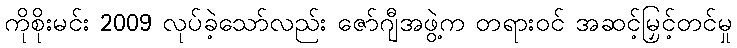
ကိုစိုးမင်း 2009 လုပ်ခဲ့သော်လည်း ဇော်ဂျီအဖွဲ့က တရားဝင် အဆင့်မြှင့်တင်မှု